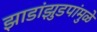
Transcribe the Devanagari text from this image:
झाडांझुडपांमुळे